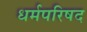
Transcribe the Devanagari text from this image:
धर्मपरिषद